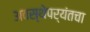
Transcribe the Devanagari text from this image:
अवस्थेपर्यंतचा